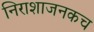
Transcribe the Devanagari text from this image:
निराशाजनकच